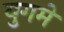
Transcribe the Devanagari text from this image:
युगमें